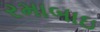
રમાબાઇ